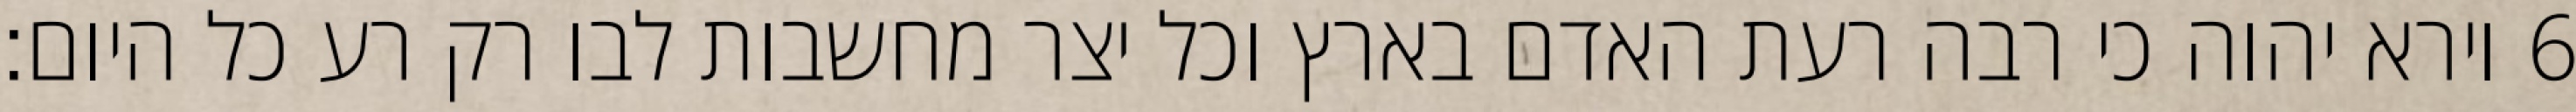
וירא יהוה כי רבה רעת האדם בארץ וכל יצר מחשבות לבו רק רע כל היום׃ ‎6‏